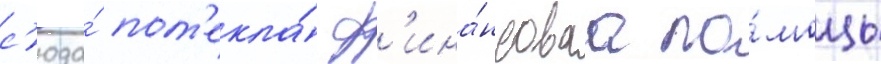
с'юда́ пот'екла́ ф'ина́нсоваа по́мощь